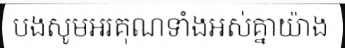
បងសូមអរគុណទាំងអស់គ្នាយ៉ាង